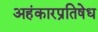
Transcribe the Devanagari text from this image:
अहंकारप्रतिषेध